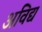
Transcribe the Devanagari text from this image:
अविद्य